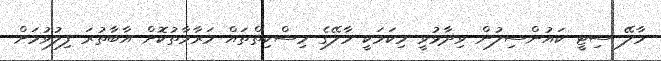
މާލޭ ސިޓީ ކައުންސިލުން ވިދާޅުވީ މިކަމަކީ މާލޭގެ މިސްކިތްތައް މަރާމާތުކޮށް އާބާތުރަ ފިލުވުމަށް